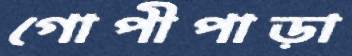
গোপীপাড়া